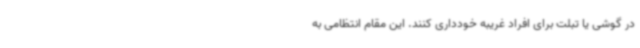
در گوشی یا تبلت برای افراد غریبه خودداری کنند. این مقام انتظامی به